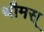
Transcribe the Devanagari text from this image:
थौमस्